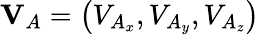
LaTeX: \mathbf{V}_{A}=\left(V_{A_{x}},V_{A_{y}},V_{A_{z}}\right)